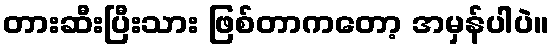
တားဆီးပြီးသား ဖြစ်တာကတော့ အမှန်ပါပဲ။